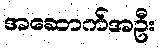
အဆောက်အဦး